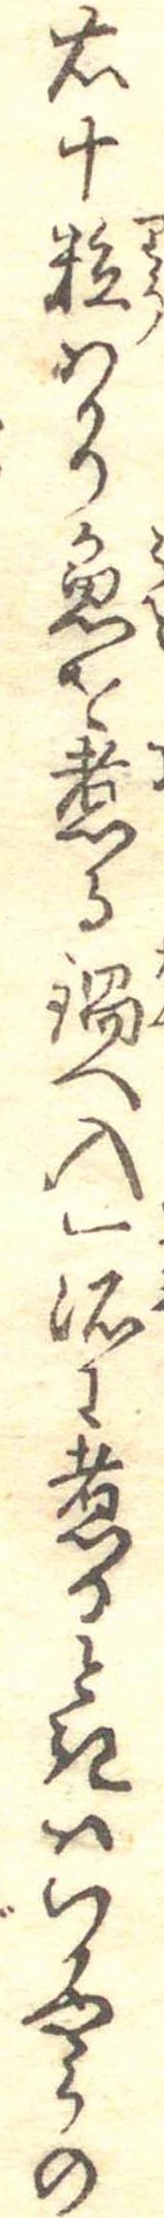
右十粒はかり魚を煮る鍋へ入一諸に煮るときはいかやうの